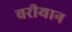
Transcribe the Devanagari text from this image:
वरीयान